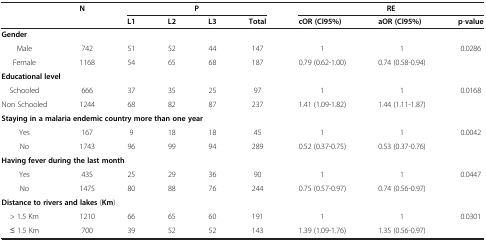
<table><thead><tr><td rowspan="2"><b> </b></td><td rowspan="2"><b>N</b></td><td colspan="4"><b>P</b></td><td colspan="3"><b>RE</b></td></tr><tr><td><b>L1</b></td><td><b>L2</b></td><td><b>L3</b></td><td><b>Total</b></td><td><b>cOR (CI95%)</b></td><td><b>aOR (CI95%)</b></td><td><b>p-value</b></td></tr></thead><tbody><tr><td colspan="9"><b>Gender</b></td></tr><tr><td>Male</td><td>742</td><td>51</td><td>52</td><td>44</td><td>147</td><td>1</td><td>1</td><td rowspan="2">0.0286</td></tr><tr><td>Female</td><td>1168</td><td>54</td><td>65</td><td>68</td><td>187</td><td>0.79 (0.62-1.00)</td><td>0.74 (0.58-0.94)</td></tr><tr><td colspan="9"><b>Educational level</b></td></tr><tr><td>Schooled</td><td>666</td><td>37</td><td>35</td><td>25</td><td>97</td><td>1</td><td>1</td><td rowspan="2">0.0168</td></tr><tr><td>Non Schooled</td><td>1244</td><td>68</td><td>82</td><td>87</td><td>237</td><td>1.41 (1.09-1.82)</td><td>1.44 (1.11-1.87)</td></tr><tr><td colspan="9"><b>Staying in a malaria endemic country more than one year</b></td></tr><tr><td>Yes</td><td>167</td><td>9</td><td>18</td><td>18</td><td>45</td><td>1</td><td>1</td><td rowspan="2">0.0042</td></tr><tr><td>No</td><td>1743</td><td>96</td><td>99</td><td>94</td><td>289</td><td>0.52 (0.37-0.75)</td><td>0.53 (0.37-0.76)</td></tr><tr><td colspan="9"><b>Having fever during the last month</b></td></tr><tr><td>Yes</td><td>435</td><td>25</td><td>29</td><td>36</td><td>90</td><td>1</td><td>1</td><td rowspan="2">0.0447</td></tr><tr><td>No</td><td>1475</td><td>80</td><td>88</td><td>76</td><td>244</td><td>0.75 (0.57-0.97)</td><td>0.74 (0.56-0.97)</td></tr><tr><td colspan="9"><b>Distance to rivers and lakes</b> (<b>Km</b>)</td></tr><tr><td>&gt; 1.5 Km</td><td>1210</td><td>66</td><td>65</td><td>60</td><td>191</td><td>1</td><td>1</td><td>0.0301</td></tr><tr><td>≤ 1.5 Km</td><td>700</td><td>39</td><td>52</td><td>52</td><td>143</td><td>1.39 (1.09-1.76)</td><td>1.35 (0.56-0.97)</td><td> </td></tr></tbody></table>